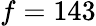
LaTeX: f=143